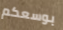
بوسعكم